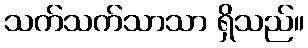
သက်သက်သာသာ ရှိသည်။